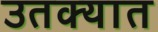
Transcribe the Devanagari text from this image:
उतक्यात